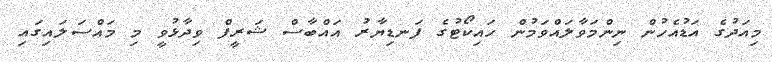
މިއަދުގެ އަޑުއެހުން ނިންމަވާލައްވަމުން ހައިކޯޓުގެ ފަނޑިޔާރު އައްބާސް ޝަރީފް ވިދާޅުވީ މި މައްސަލައިގައި